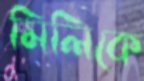
মিলিকে